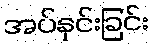
အပ်နှင်းခြင်း